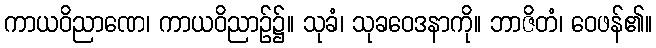
ကာယဝိညာဏေ၊ ကာယဝိညာဉ်၌။ သုခံ၊ သုခဝေဒနာကို။ ဘာဇိတံ၊ ဝေဖန်၏။